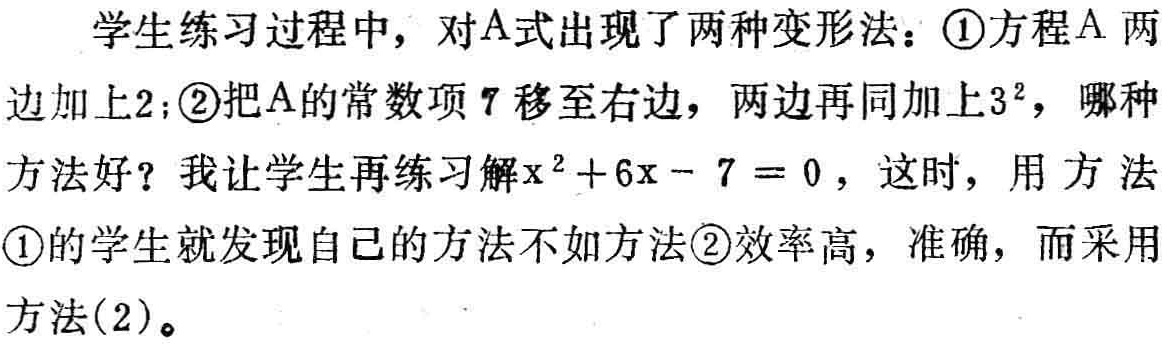
学生练习过程中，对A式出现了两种变形法：\textcircled{1}方程A 两边加上2；\textcircled{2}把A的常数项 7 移至右边，两边再同加上\(3^{2}\)，哪种方法好？我让学生再练习解\(x^{2}+6x - 7 = 0\)，这时，用 方 法\textcircled{1}的学生就发现自己的方法不如方法\textcircled{2}效率高，准确，而采用方法(2)。